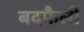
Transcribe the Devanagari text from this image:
बदफैली